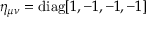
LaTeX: \eta _ { \mu \nu } = \operatorname { d i a g } [ 1 , - 1 , - 1 , - 1 ]